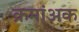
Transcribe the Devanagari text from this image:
क्रमांअक